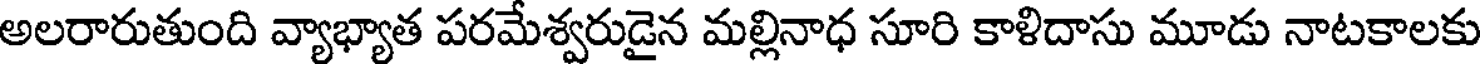
అలరారుతుంది వ్యాభ్యాత పరమేశ్వరుడైన మల్లినాధ సూరి కాళిదాసు మూడు నాటకాలకు